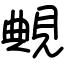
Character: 覥